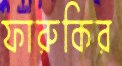
ফারুকির